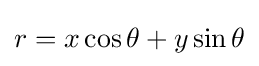
r=x\cos \theta +y\sin \theta